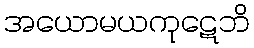
အယောမယကုဋေဘိ